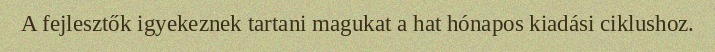
A fejlesztők igyekeznek tartani magukat a hat hónapos kiadási ciklushoz.